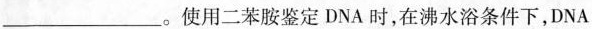
___。使用二苯胺鉴定DNA时，在沸水浴条件下，DNA